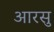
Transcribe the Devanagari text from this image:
आरसु